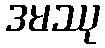
ဒမဿု